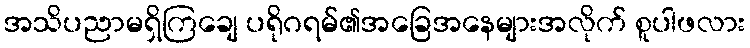
အသိပညာမရှိကြချေ ပရိုဂရမ်၏အခြေအနေများအလိုက် စူပါဖလား